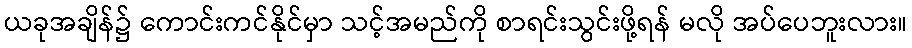
ယခုအချိန်၌ ကောင်းကင်နိုင်မှာ သင့်အမည်ကို စာရင်းသွင်းဖို့ရန် မလို အပ်ပေဘူးလား။